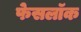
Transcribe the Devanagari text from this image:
फेसलॉक